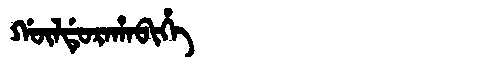
Manchu: ᡤᡡᠯᡩᡠᡵᠠᡥᠠᠪᡳᡥᡝ
Romanization: GŪLDURAHABIHE